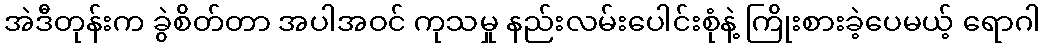
အဲဒီတုန်းက ခွဲစိတ်တာ အပါအဝင် ကုသမှု နည်းလမ်းပေါင်းစုံနဲ့ ကြိုးစားခဲ့ပေမယ့် ရောဂါ